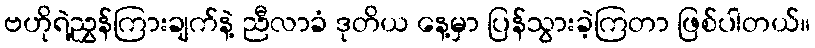
ဗဟိုရဲ့ညွှန်ကြားချက်နဲ့ ညီလာခံ ဒုတိယ နေ့မှာ ပြန်သွားခဲ့ကြတာ ဖြစ်ပါတယ်။